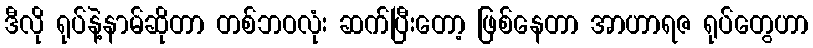
ဒီလို ရုပ်နဲ့နာမ်ဆိုတာ တစ်ဘဝလုံး ဆက်ပြီးတော့ ဖြစ်နေတာ အာဟာရဇ ရုပ်တွေဟာ